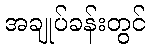
အချုပ်ခန်းတွင်